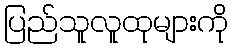
ပြည်သူလူထုများကို